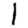
Digit: 1